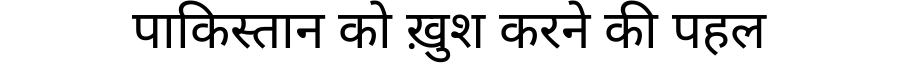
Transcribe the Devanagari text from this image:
पाकिस्तान को ख़ुश करने की पहल